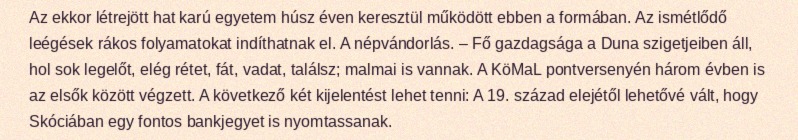
Az ekkor létrejött hat karú egyetem húsz éven keresztül működött ebben a formában. Az ismétlődő leégések rákos folyamatokat indíthatnak el. A népvándorlás. – Fő gazdagsága a Duna szigetjeiben áll, hol sok legelőt, elég rétet, fát, vadat, találsz; malmai is vannak. A KöMaL pontversenyén három évben is az elsők között végzett. A következő két kijelentést lehet tenni: A 19. század elejétől lehetővé vált, hogy Skóciában egy fontos bankjegyet is nyomtassanak.